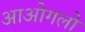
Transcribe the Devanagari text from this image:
आओगलो